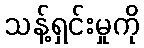
သန့်ရှင်းမှုကို